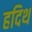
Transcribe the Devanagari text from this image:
हदिथ